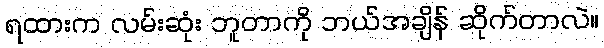
ရထားက လမ်းဆုံး ဘူတာကို ဘယ်အချိန် ဆိုက်တာလဲ။